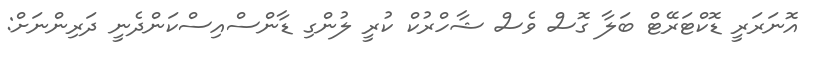
އޮނަރަރީ ޑޮކްޓަރޭޓް ބަލާ ގޮސް ވެސް ޝާހްރުކް ކުރީ ލުންގި ޑާންސްއިސްކަންދެނީ ދަރިންނަށް: